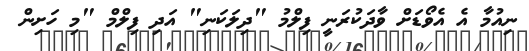
ނިއުމާ އެ އެވޯޑަށް ވާދަކުރަނީ ފިލްމު "ދިލަކަނި" އަދި ފިލްމް "މި ހަށިން